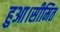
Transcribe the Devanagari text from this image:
हुआ।सीमित